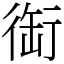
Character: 䘖